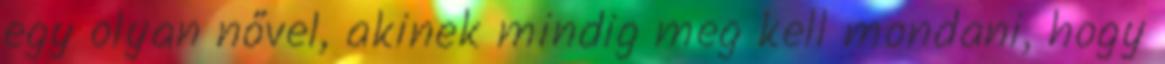
egy olyan nővel, akinek mindig meg kell mondani, hogy